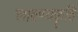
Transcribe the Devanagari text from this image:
लावण्यकॄति